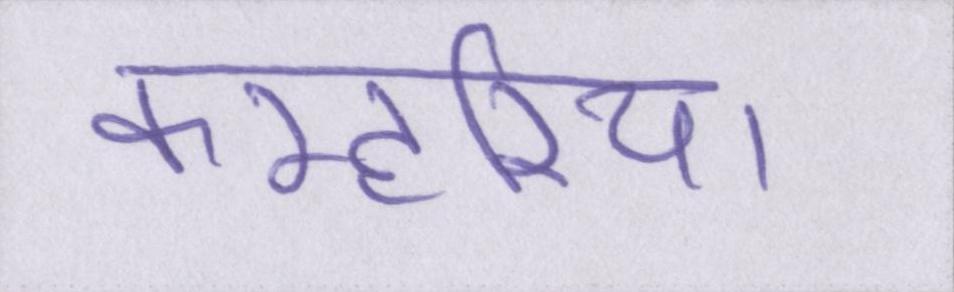
कम्हरिया